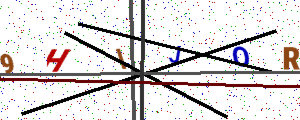
Text: 9HIJOR